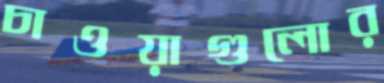
চাওয়াগুলোর